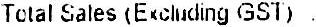
TOTAL SALES (EXCLUDING GST) :